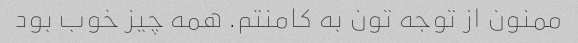
ممنون از توجه تون به کامنتم. همه چیز خوب بود